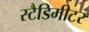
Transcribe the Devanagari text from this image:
स्टैडिमीटर